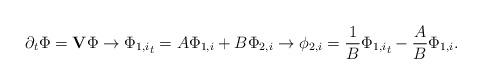
LaTeX: \begin{align*}\partial_t \Phi = { \bf{V}} \Phi \rightarrow {\Phi_{1,i}}_t = A \Phi_{1,i} + B \Phi_{2,i} \rightarrow \phi_{2,i} = \frac{1}{B} {\Phi_{1,i}}_t - \frac{A}{B} \Phi_{1,i}.\end{align*}